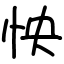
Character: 怏